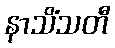
နာသိံသတီ